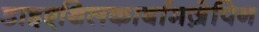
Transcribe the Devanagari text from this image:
डाइएथिलकार्बामज़ेपिन